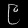
Digit: ၉